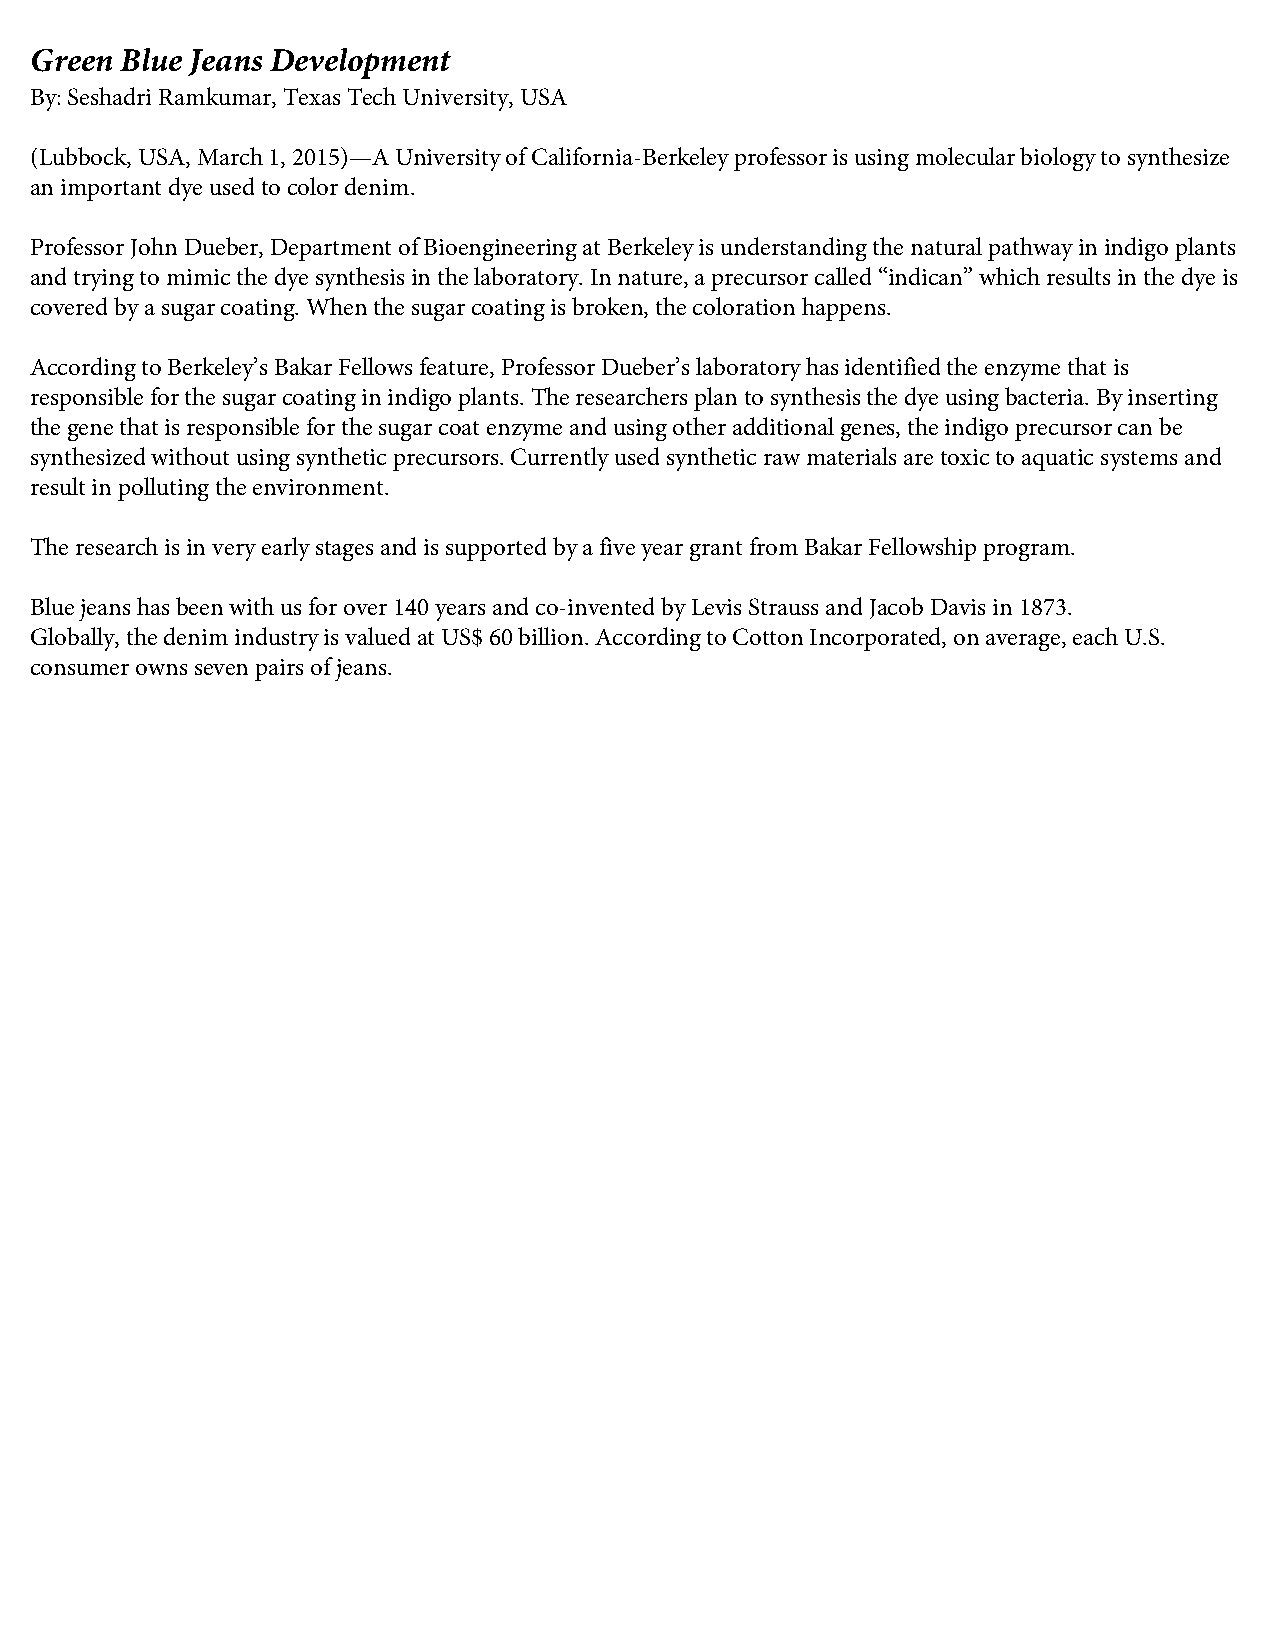
Green Blue Jeans Development
 By: Seshadri Ramkumar, Texas Tech University, USA
 (Lubbock, USA, March 1, 2015)—A University of California-Berkeley professor is using molecular biology to synthesize
 an important dye used to color denim.
 Professor John Dueber, Department of Bioengineering at Berkeley is understanding the natural pathway in indigo plants
 and trying to mimic the dye synthesis in the laboratory. In nature, a precursor called “indican” which results in the dye is
 covered by a sugar coating. When the sugar coating is broken, the coloration happens.
 According to Berkeley’s Bakar Fellows feature, Professor Dueber’s laboratory has identified the enzyme that is
 responsible for the sugar coating in indigo plants. The researchers plan to synthesis the dye using bacteria. By inserting
 the gene that is responsible for the sugar coat enzyme and using other additional genes, the indigo precursor can be
 synthesized without using synthetic precursors. Currently used synthetic raw materials are toxic to aquatic systems and
 result in polluting the environment.
 The research is in very early stages and is supported by a five year grant from Bakar Fellowship program.
 Blue jeans has been with us for over 140 years and co-invented by Levis Strauss and Jacob Davis in 1873.
 Globally, the denim industry is valued at US$ 60 billion. According to Cotton Incorporated, on average, each U.S.
 consumer owns seven pairs of jeans.